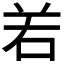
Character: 𠰥